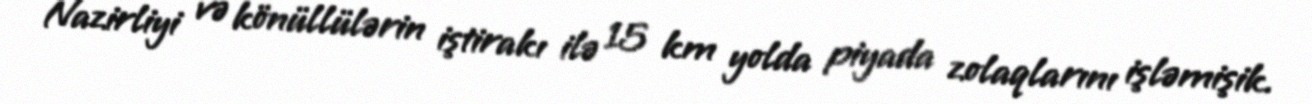
Nazirliyi və könüllülərin iştirakı ilə 15 km yolda piyada zolaqlarını işləmişik.